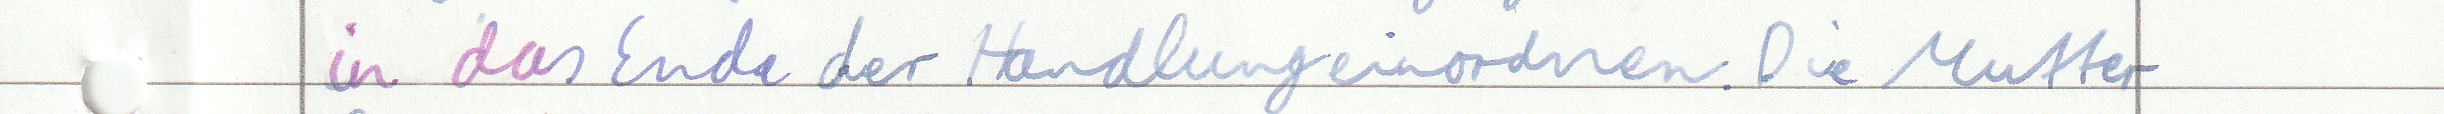
in das Ende der Handlung einordnen. Die Mutter